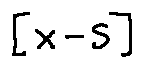
[ X - S ]